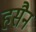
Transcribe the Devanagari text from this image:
हसैन